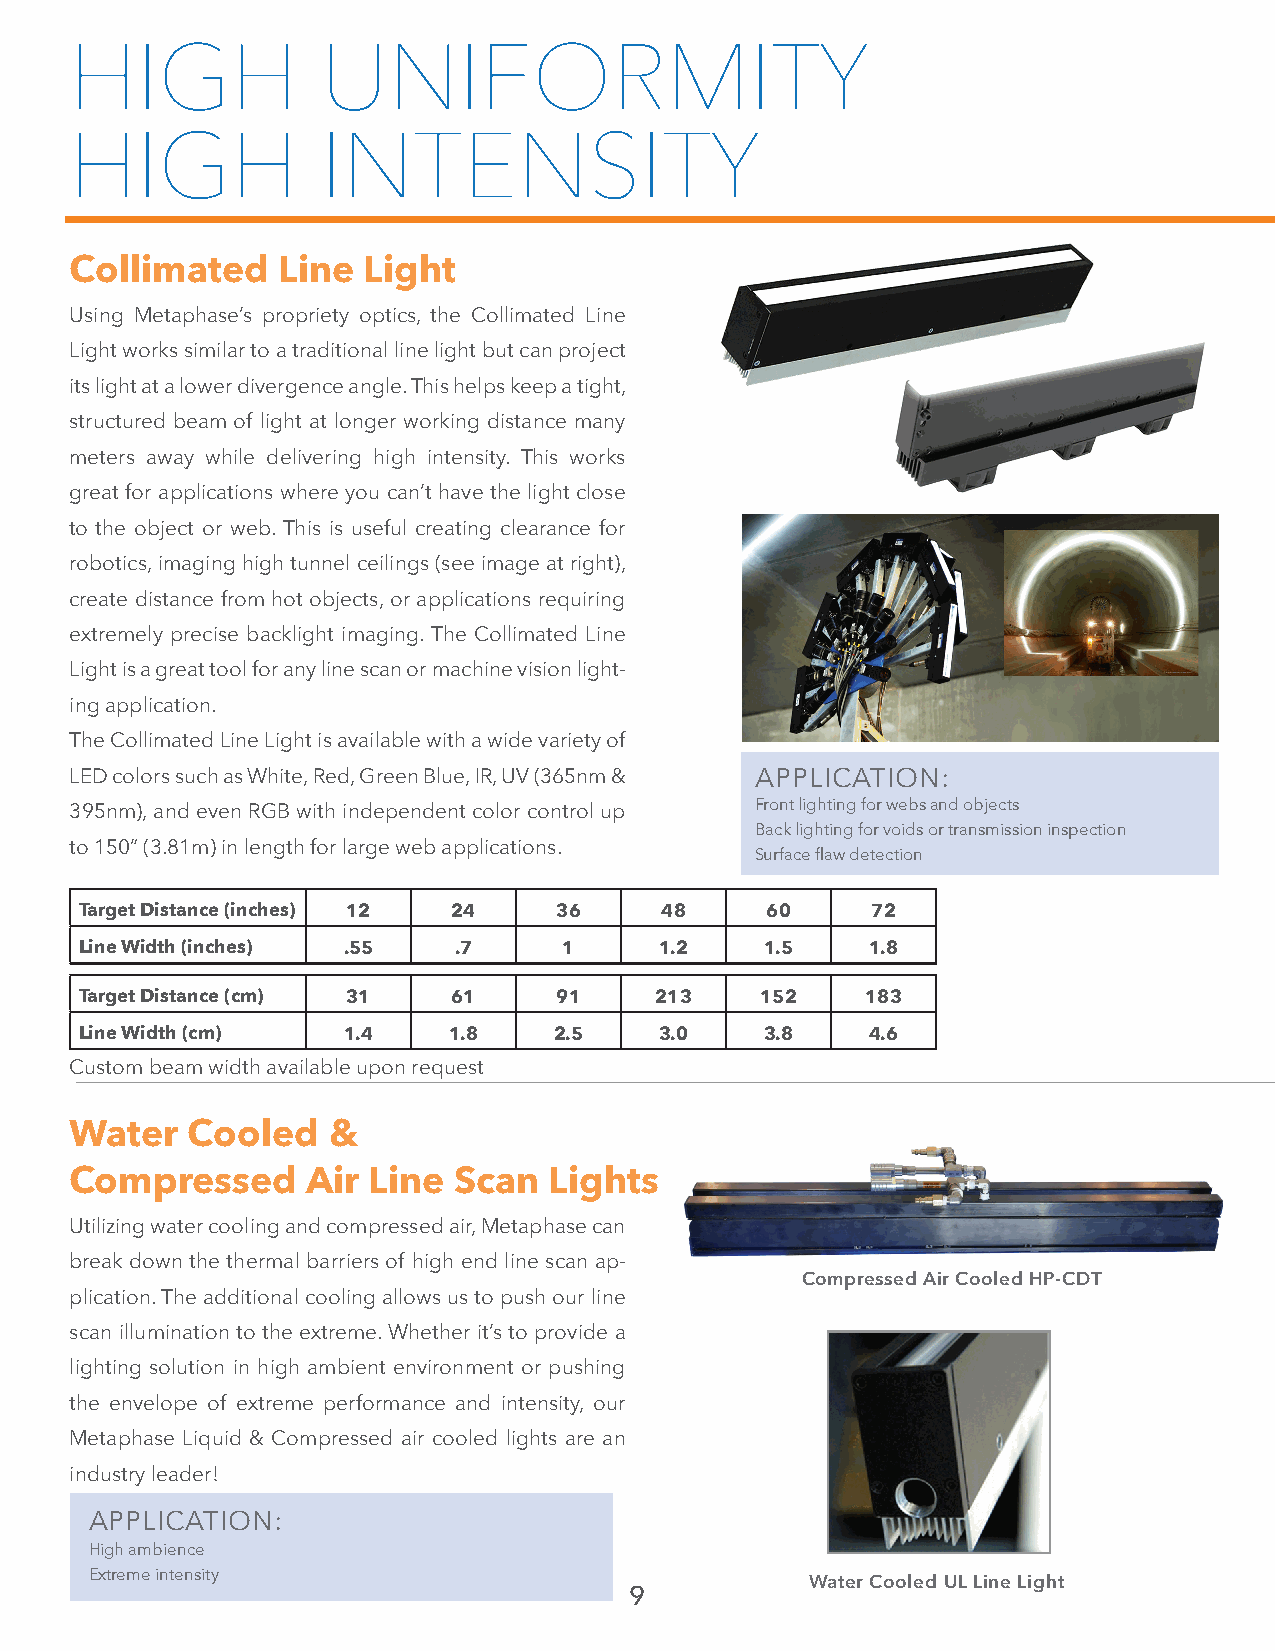
HIGH            UNIFORMITY
 HIGH            INTENSITY
 Collimated   Line  Light
 Using Metaphase’s propriety optics, the Collimated Line
 Light works similar to a traditional line light but can project
 its light at a lower divergence angle. This helps keep a tight,
 structured beam of light at longer working distance many
 meters away while delivering high intensity. This works
 great for applications where you can’t have the light close
 to the object or web. This is useful creating clearance for
 robotics, imaging high tunnel ceilings (see image at right),
 create distance from hot objects, or applications requiring
 extremely precise backlight imaging. The Collimated Line
 Light is a great tool for any line scan or machine vision light-
 ing application.
 The Collimated Line Light is available with a wide variety of
 LED colors such as White, Red, Green Blue, IR, UV (365nm & APPLICATION:
 395nm), and even RGB with independent color control up Front lighting for webs and objects
 Back lighting for voids or transmission inspection
 to 150” (3.81m) in length for large web applications.
 Surface flaw detection
 Target Distance (inches) 12 24  36     48     60     72
 Line Width (inches) .55  .7     1      1.2    1.5    1.8
 Target Distance (cm) 31  61     91    213    152    183
 Line Width (cm)   1.4    1.8    2.5    3.0    3.8    4.6
 Custom beam width available upon request
 Water  Cooled    &
 Compressed     Air Line  Scan  Lights
 Utilizing water cooling and compressed air, Metaphase can
 break down the thermal barriers of high end line scan ap-
 Compressed Air Cooled HP-CDT
 plication. The additional cooling allows us to push our line
 scan illumination to the extreme. Whether it’s to provide a
 lighting solution in high ambient environment or pushing
 the envelope of extreme performance and intensity, our
 Metaphase Liquid & Compressed air cooled lights are an
 industry leader!
 APPLICATION:
 High ambience
 Extreme intensity
 Water Cooled UL Line Light
 9